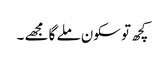
کچھ تو سکون ملے گا مجھے ۔